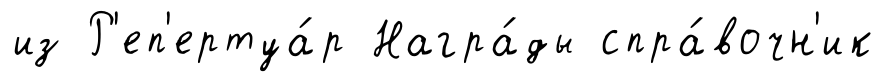
из Р'еп'ертуа́р Награ́ды спра́вочн'ик